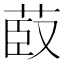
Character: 菣